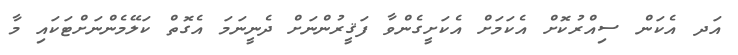
އަދ އެކަން ސިއްރުކޮށް އެކަމަށް އެކަށީގެންވާ ފަޤީރުންނަށް ދެނީނަމަ އެގޮތް ކަލޭމެންނަށްޓަކައި މާ